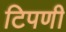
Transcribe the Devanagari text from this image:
टिपणी